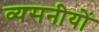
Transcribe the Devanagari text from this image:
व्यसनीयों